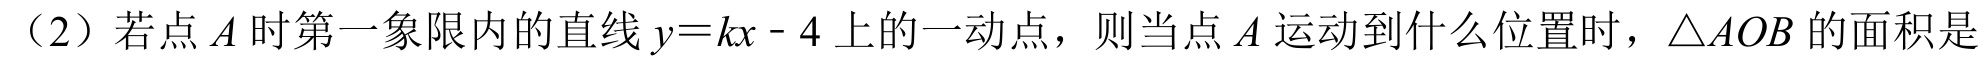
（2）若点\(A\)是第一象限内的直线\(y = kx - 4\)上的一动点，则当点\(A\)运动到什么位置时，\(\triangle AOB\)的面积是